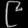
Digit: ၉